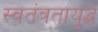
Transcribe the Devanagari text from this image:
स्वतंत्रतायुद्ध